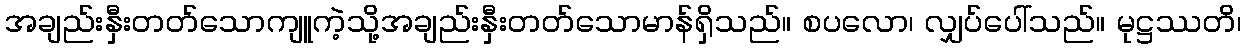
အချည်းနှီးတတ်သောကျူကဲ့သို့အချည်းနှီးတတ်သောမာန်ရှိသည်။ စပလော၊ လျှပ်ပေါ်သည်။ မုဋ္ဌဿတိ၊